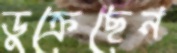
ডুক্‌রেছেন